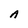
Character: A